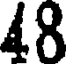
48